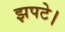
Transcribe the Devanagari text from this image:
झपटे।